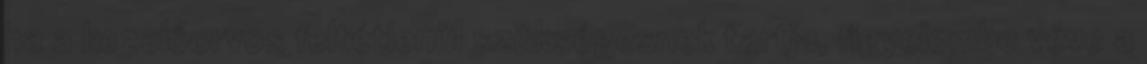
ha a kezelőorvos feltétlenül szükségesnek tartja, figyelembe véve a